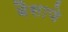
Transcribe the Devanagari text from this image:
बैसाणे